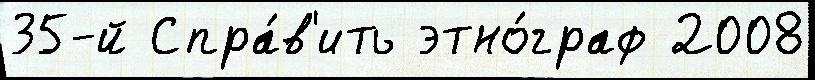
35-й Спра́в'ить этно́граф 2008